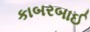
કાબરબાઈ